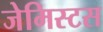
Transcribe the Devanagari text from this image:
जेमिस्टस